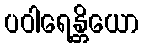
ပဝါရေန္တိယော